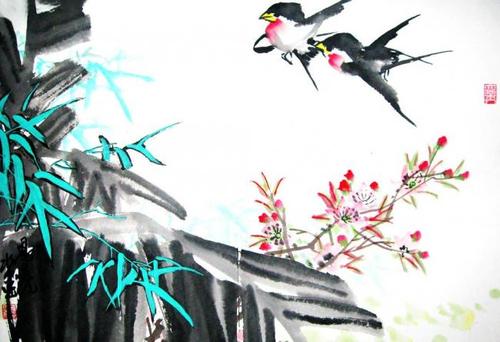
酷怜娇易散，燕子学偎红。